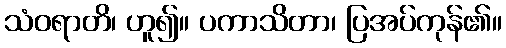
သံဝရာတိ၊ ဟူ၍။ ပကာသိတာ၊ ပြအပ်ကုန်၏။